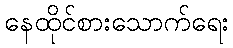
နေထိုင်စားသောက်ရေး